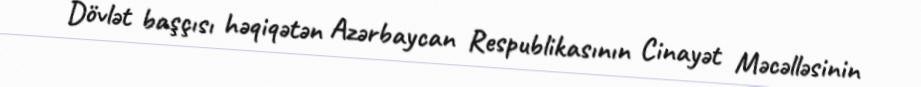
Dövlət başçısı həqiqətən Azərbaycan Respublikasının Cinayət Məcəlləsinin